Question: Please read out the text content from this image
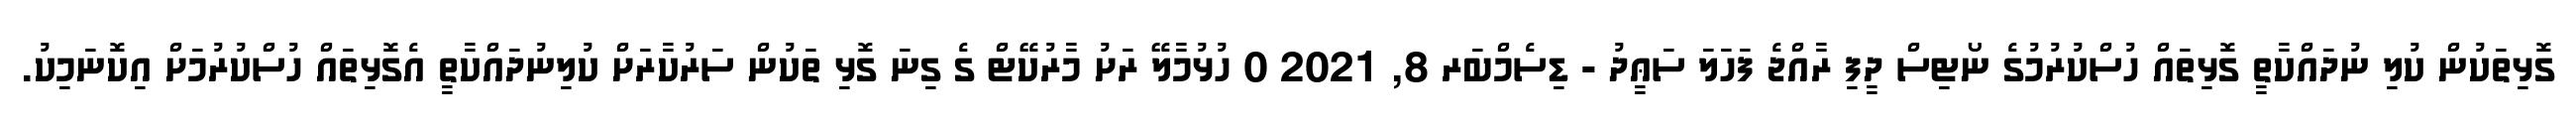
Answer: ގޮޅިތަކުން ކުލި ނުދައްކާތީ ގޮޅިތައް ހުސްކުރުމުގެ ނޯޓިސް ދީފި ރާއްޖެ ފަހަލަ ސަޢީދު - ޑިސެމްބަރ 8, 2021 0 ހުޅުމާލޭ ރަށު މާރުކޭޓް ގެ ގިނަ ގޮޅި ތަކުން ސަރުކާރަށް ކުލިނުދައްކާތީ އެގޮޅިތައް ހުސްކުރުމަށް އިކޮނަމިކު.